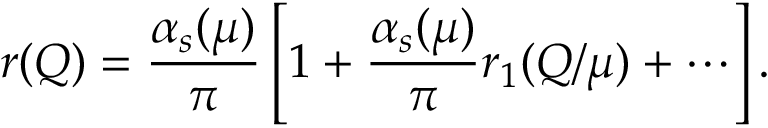
r ( Q ) = \frac { \alpha _ { s } ( \mu ) } { \pi } \left[ 1 + \frac { \alpha _ { s } ( \mu ) } { \pi } r _ { 1 } ( Q / \mu ) + \cdots \right] .